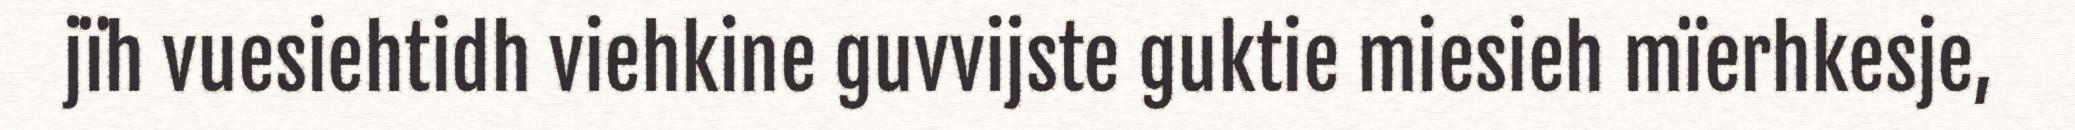
jïh vuesiehtidh viehkine guvvijste guktie miesieh mïerhkesje,